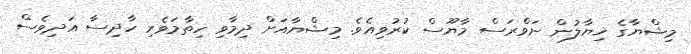
މިޝްޔާގެ ޚިޔާލުން ނަވްރަސް މާޔޫސް ކުރުވިއެވެ. މިޝްޔާއަށް ދިމާވި ހިތާމަވެރި ހާދިސާ އަދިވެސް